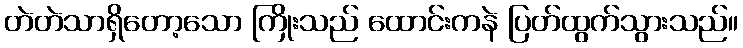
တဲတဲသာရှိတော့သော ကြိုးသည် ထောင်းကနဲ ပြတ်ထွက်သွားသည်။